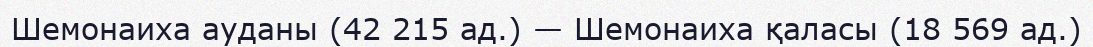
Шемонаиха ауданы (42 215 ад.) — Шемонаиха қаласы (18 569 ад.)